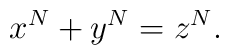
x^N+y^N=z^N.